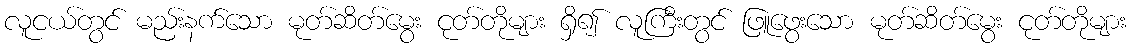
လူငယ်တွင် မည်းနက်သော မုတ်ဆိတ်မွေး ငုတ်တိုများ ရှိ၍ လူကြီးတွင် ဖြူဖွေးသော မုတ်ဆိတ်မွေး ငုတ်တိုများ